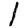
Digit: 1